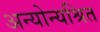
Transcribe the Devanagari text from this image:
अन्योन्यश्रित